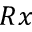
R x